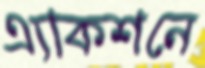
এ্যাকশনে